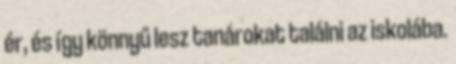
ér, és így könnyű lesz tanárokat találni az iskolába.